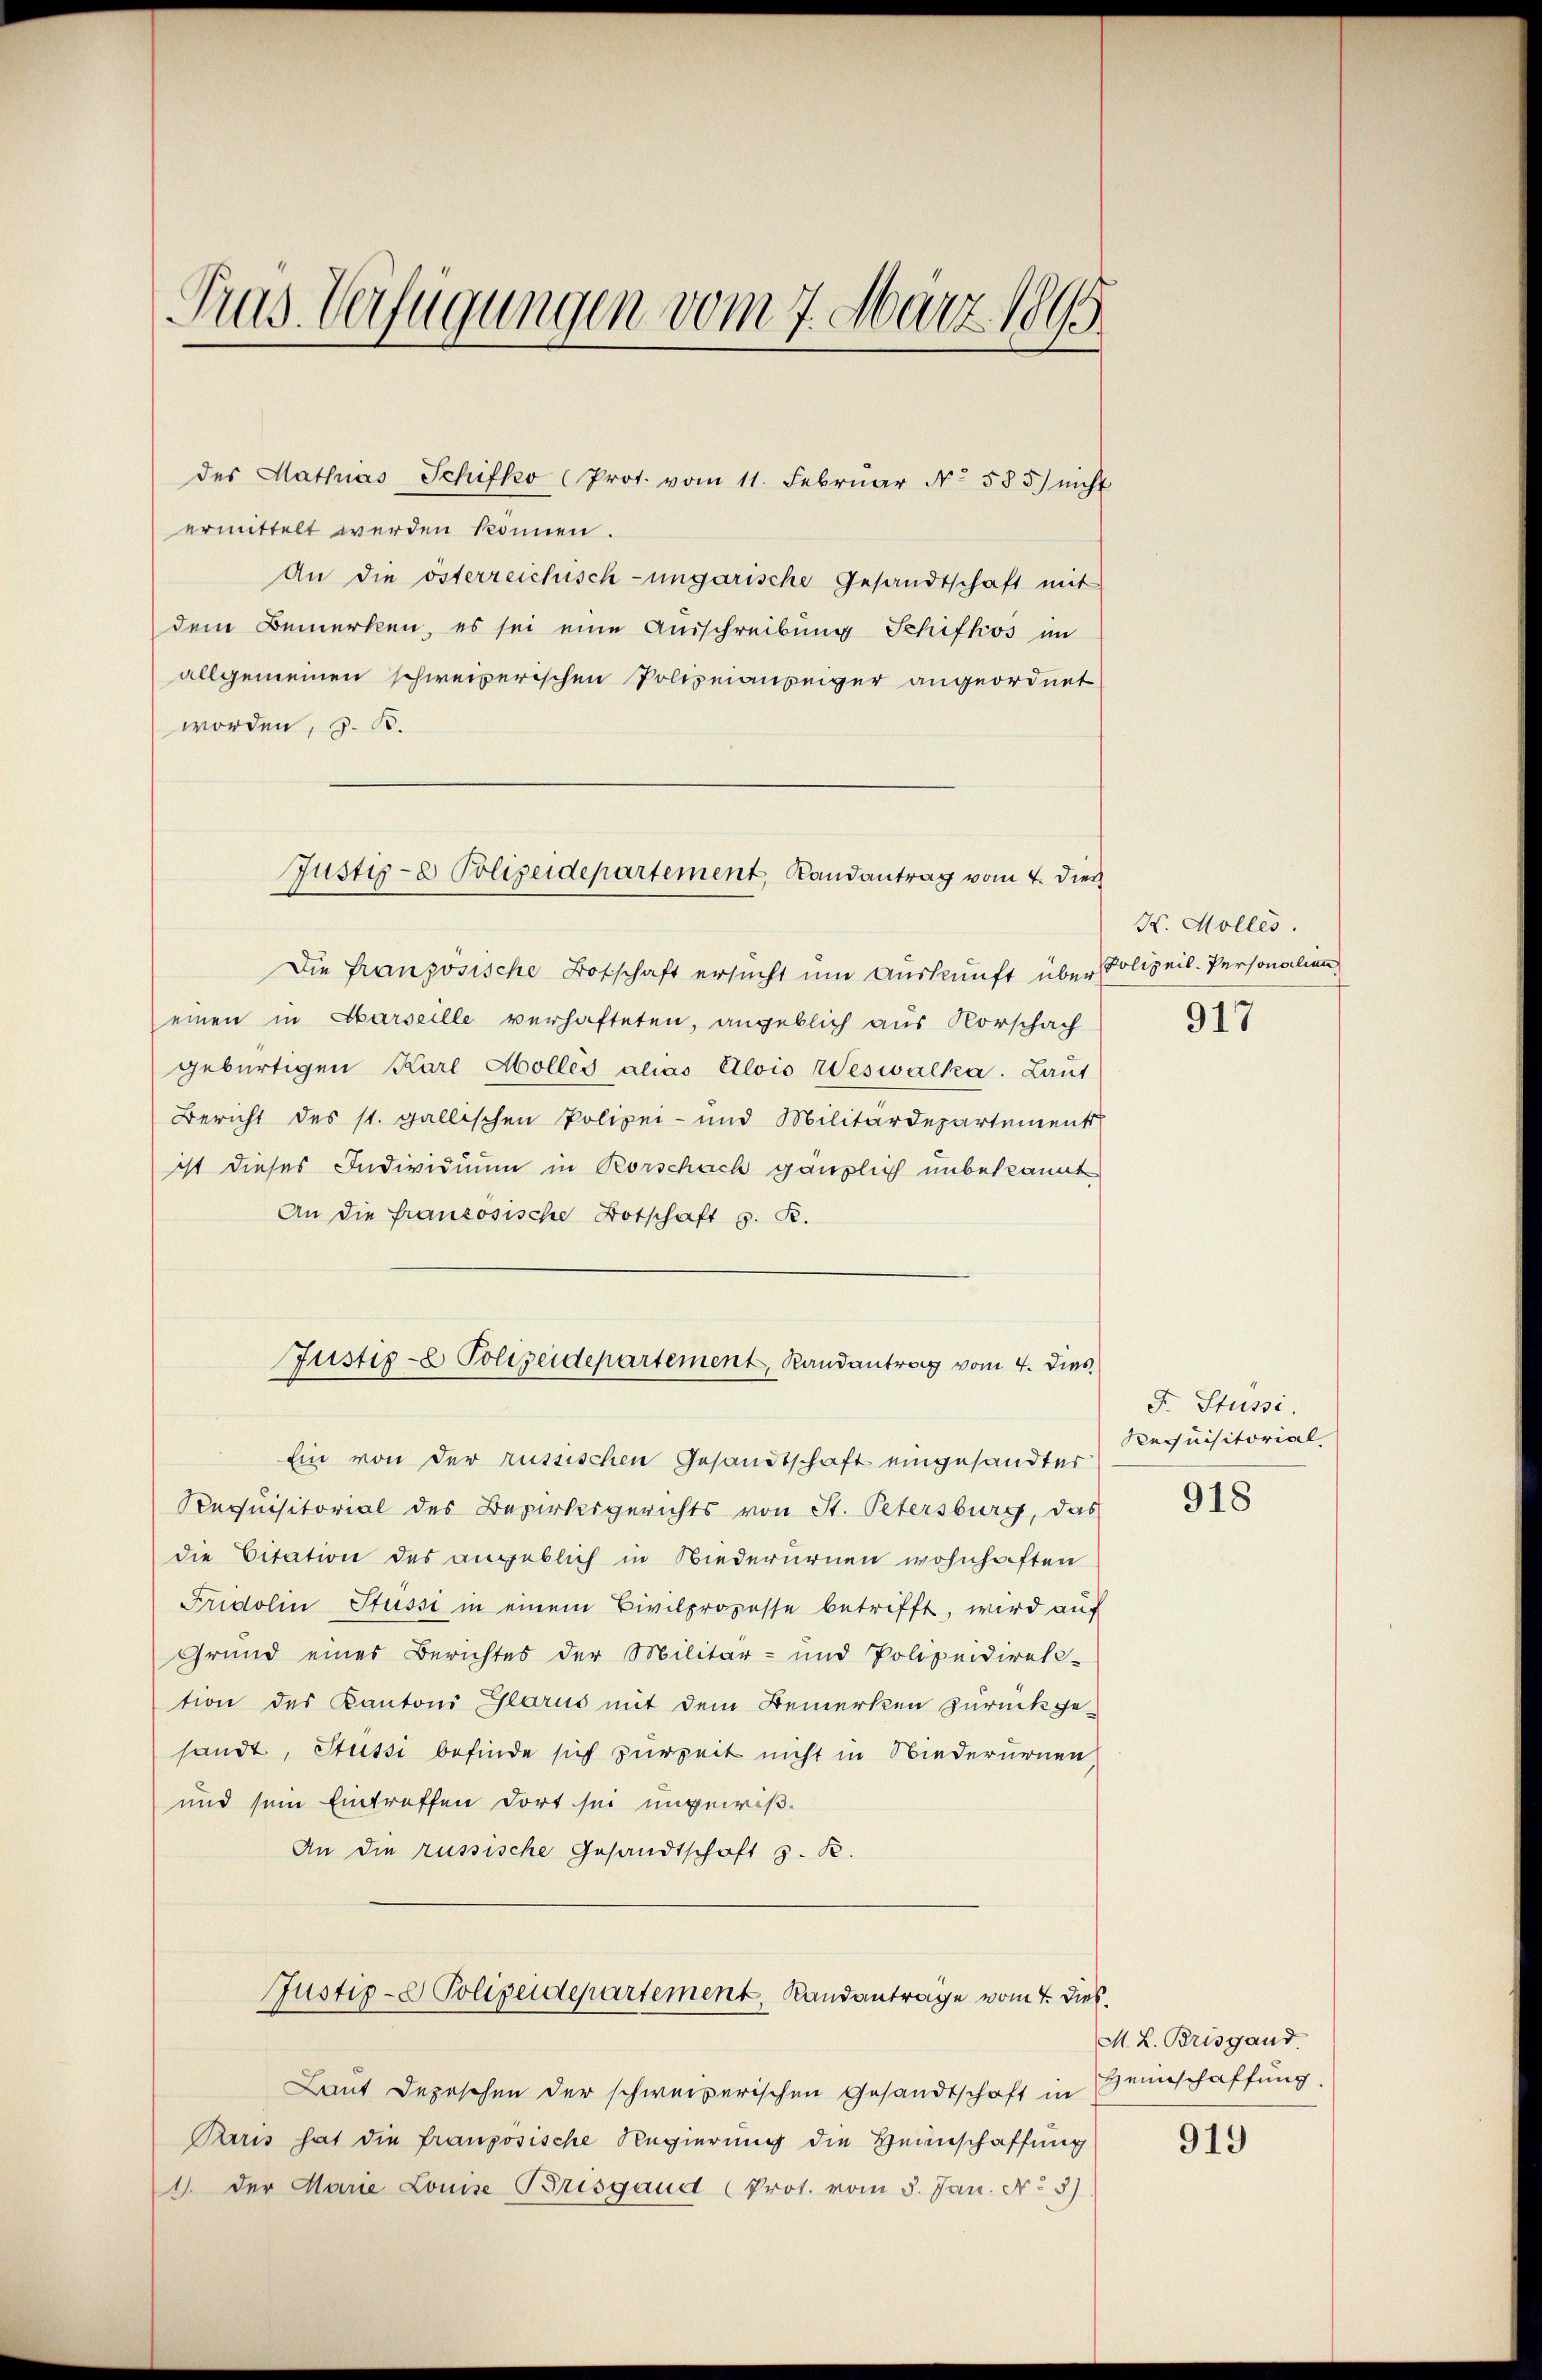
Pras Verfügungen vom 7. März 189

des Mathias Schifko (Prot. vom 11. Febrŭar N. 585) nicht
ermittelt werden können.
An die österreichisch-ungarische Gesandtschaft mit
dem Bemerken, es sei eine Ausschreibung Schifkos im
allgemeinen schweizerischen Polizeianzeiger angeordnet
worden, z. B.
Die französische Botschaft ersucht um Auskunft über Polizeis-Personalien
einen in Aarseille verhafteten, angeblich aus Vorschach
gebürtigen Karl Molles alias Elois Weswalka. Laut
Bericht des st. gallischen Polizei- und Militärdepartement
ist dieses Individuum in Rorschach gänzlich unbekannt
An die französische Botschaft z. R.
Justiz- & Polizeidepartement, Randantrag vom 4. dies
Ein von der russischen Gesandtschaft eingesandter
Requisitorial des Bezirksgerichts von St. Petersburg, das
die Citation des angeblich in Niederurnen wohnhaften
Fridolin Stüsse in einem Civilprozesse betrifft, wird auf
Grund eines Berichtes der Militär- und Polizeidirek-
tion des Kantoni Glarus mit dem Bemerken zurückge-
sandt, Stüssi befinde sich zur Zeit nicht in Niederurnen
und sein Eintreffen dort sei ungewiß¬
An die russische Gesandtschaft z. R.
Justiz- & Polizeidepartement, Randantrage vom 4. Dies
Laut Depeschen der schweizerischen Gesandtschaft in Heinschaffung
Paris hat die französische Regierung die Heimschaffung
1. der Marie Louise Brisgaud (Prot. vom 5. Jan. No 5)

Justiz- & Polizeidepartement, Randantrag vom 4. dies

H. Molles.

917

F. Stüssi.
Requisitorial

918

M. L. Brisgand
919